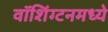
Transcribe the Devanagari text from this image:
वॉशिंग्टनमध्ये